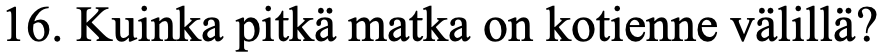
16. Kuinka pitkä matka on kotienne välillä?